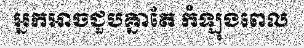
អ្នកអាចជួបគ្នាតែ កំឡុងពេល